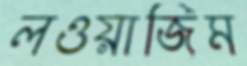
লওয়াজিম